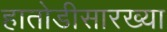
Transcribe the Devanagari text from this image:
हातोडीसारख्या